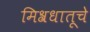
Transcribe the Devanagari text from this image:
मिश्रधातूचे